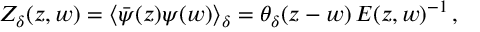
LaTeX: Z _ { \delta } ( z , w ) = \langle \bar { \psi } ( z ) \psi ( w ) \rangle _ { \delta } = \theta _ { \delta } ( z - w ) \, E ( z , w ) ^ { - 1 } \, ,